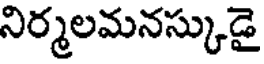
నిర్మలమనస్కుడై